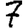
Digit: 7